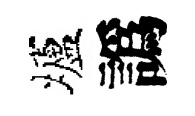
壚譌